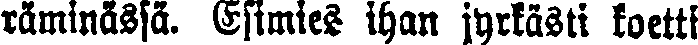
räminässä. Esimies ihan jyrkästi koetti